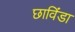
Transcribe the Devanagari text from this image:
छाविंडा